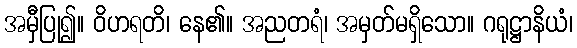
အမှီပြု၍။ ဝိဟရတိ၊ နေ၏။ အညတရံ၊ အမှတ်မရှိသော။ ဂရုဋ္ဌာနိယံ၊